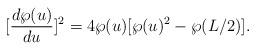
LaTeX: \begin{align*}[\frac{d\wp(u)}{du}]^2=4 \wp(u)[\wp(u)^2-\wp(L/2)].\end{align*}